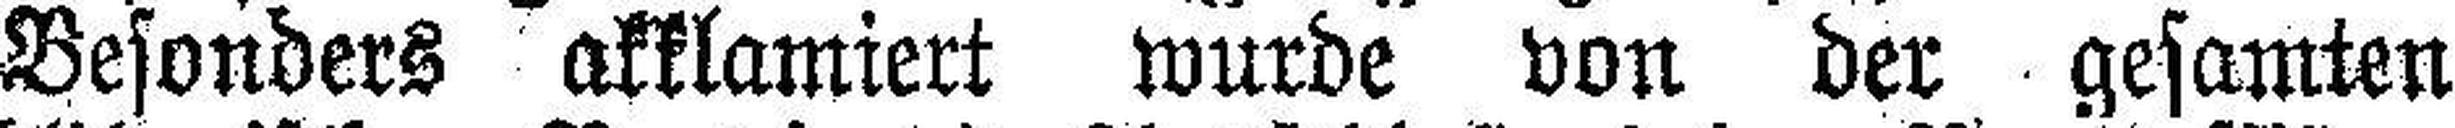
Besonders akklamiert wurde von der gesamten